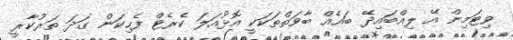
ވިޓަމިން އޭ ލިއްބައިދޭ ބައެއް ބާވަތްތަކަކީ އޮޅުއަލަ ކެރެޓް ފެހިކަން ގަދަ ތަރުކާރީ